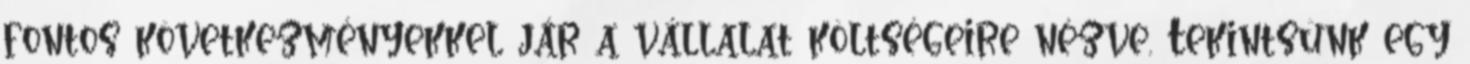
fontos következményekkel jár a vállalat költségeire nézve. Tekintsünk egy